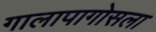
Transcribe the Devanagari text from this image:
गालापागोसला